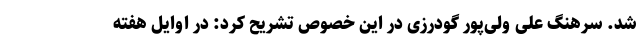
شد. سرهنگ علی ولی‌پور گودرزی در این خصوص تشریح کرد: در اوایل هفته